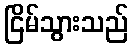
ငြိမ်သွားသည်